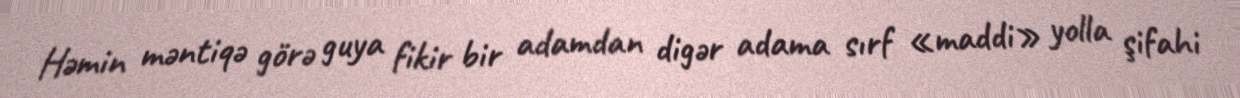
Həmin məntiqə görə guya fikir bir adamdan digər adama sırf «maddi» yolla şifahi